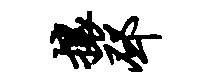
攘邳